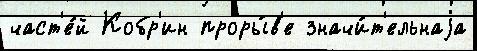
част'е́й Кобр'ин проры́в'е значи́т'ельнаjа